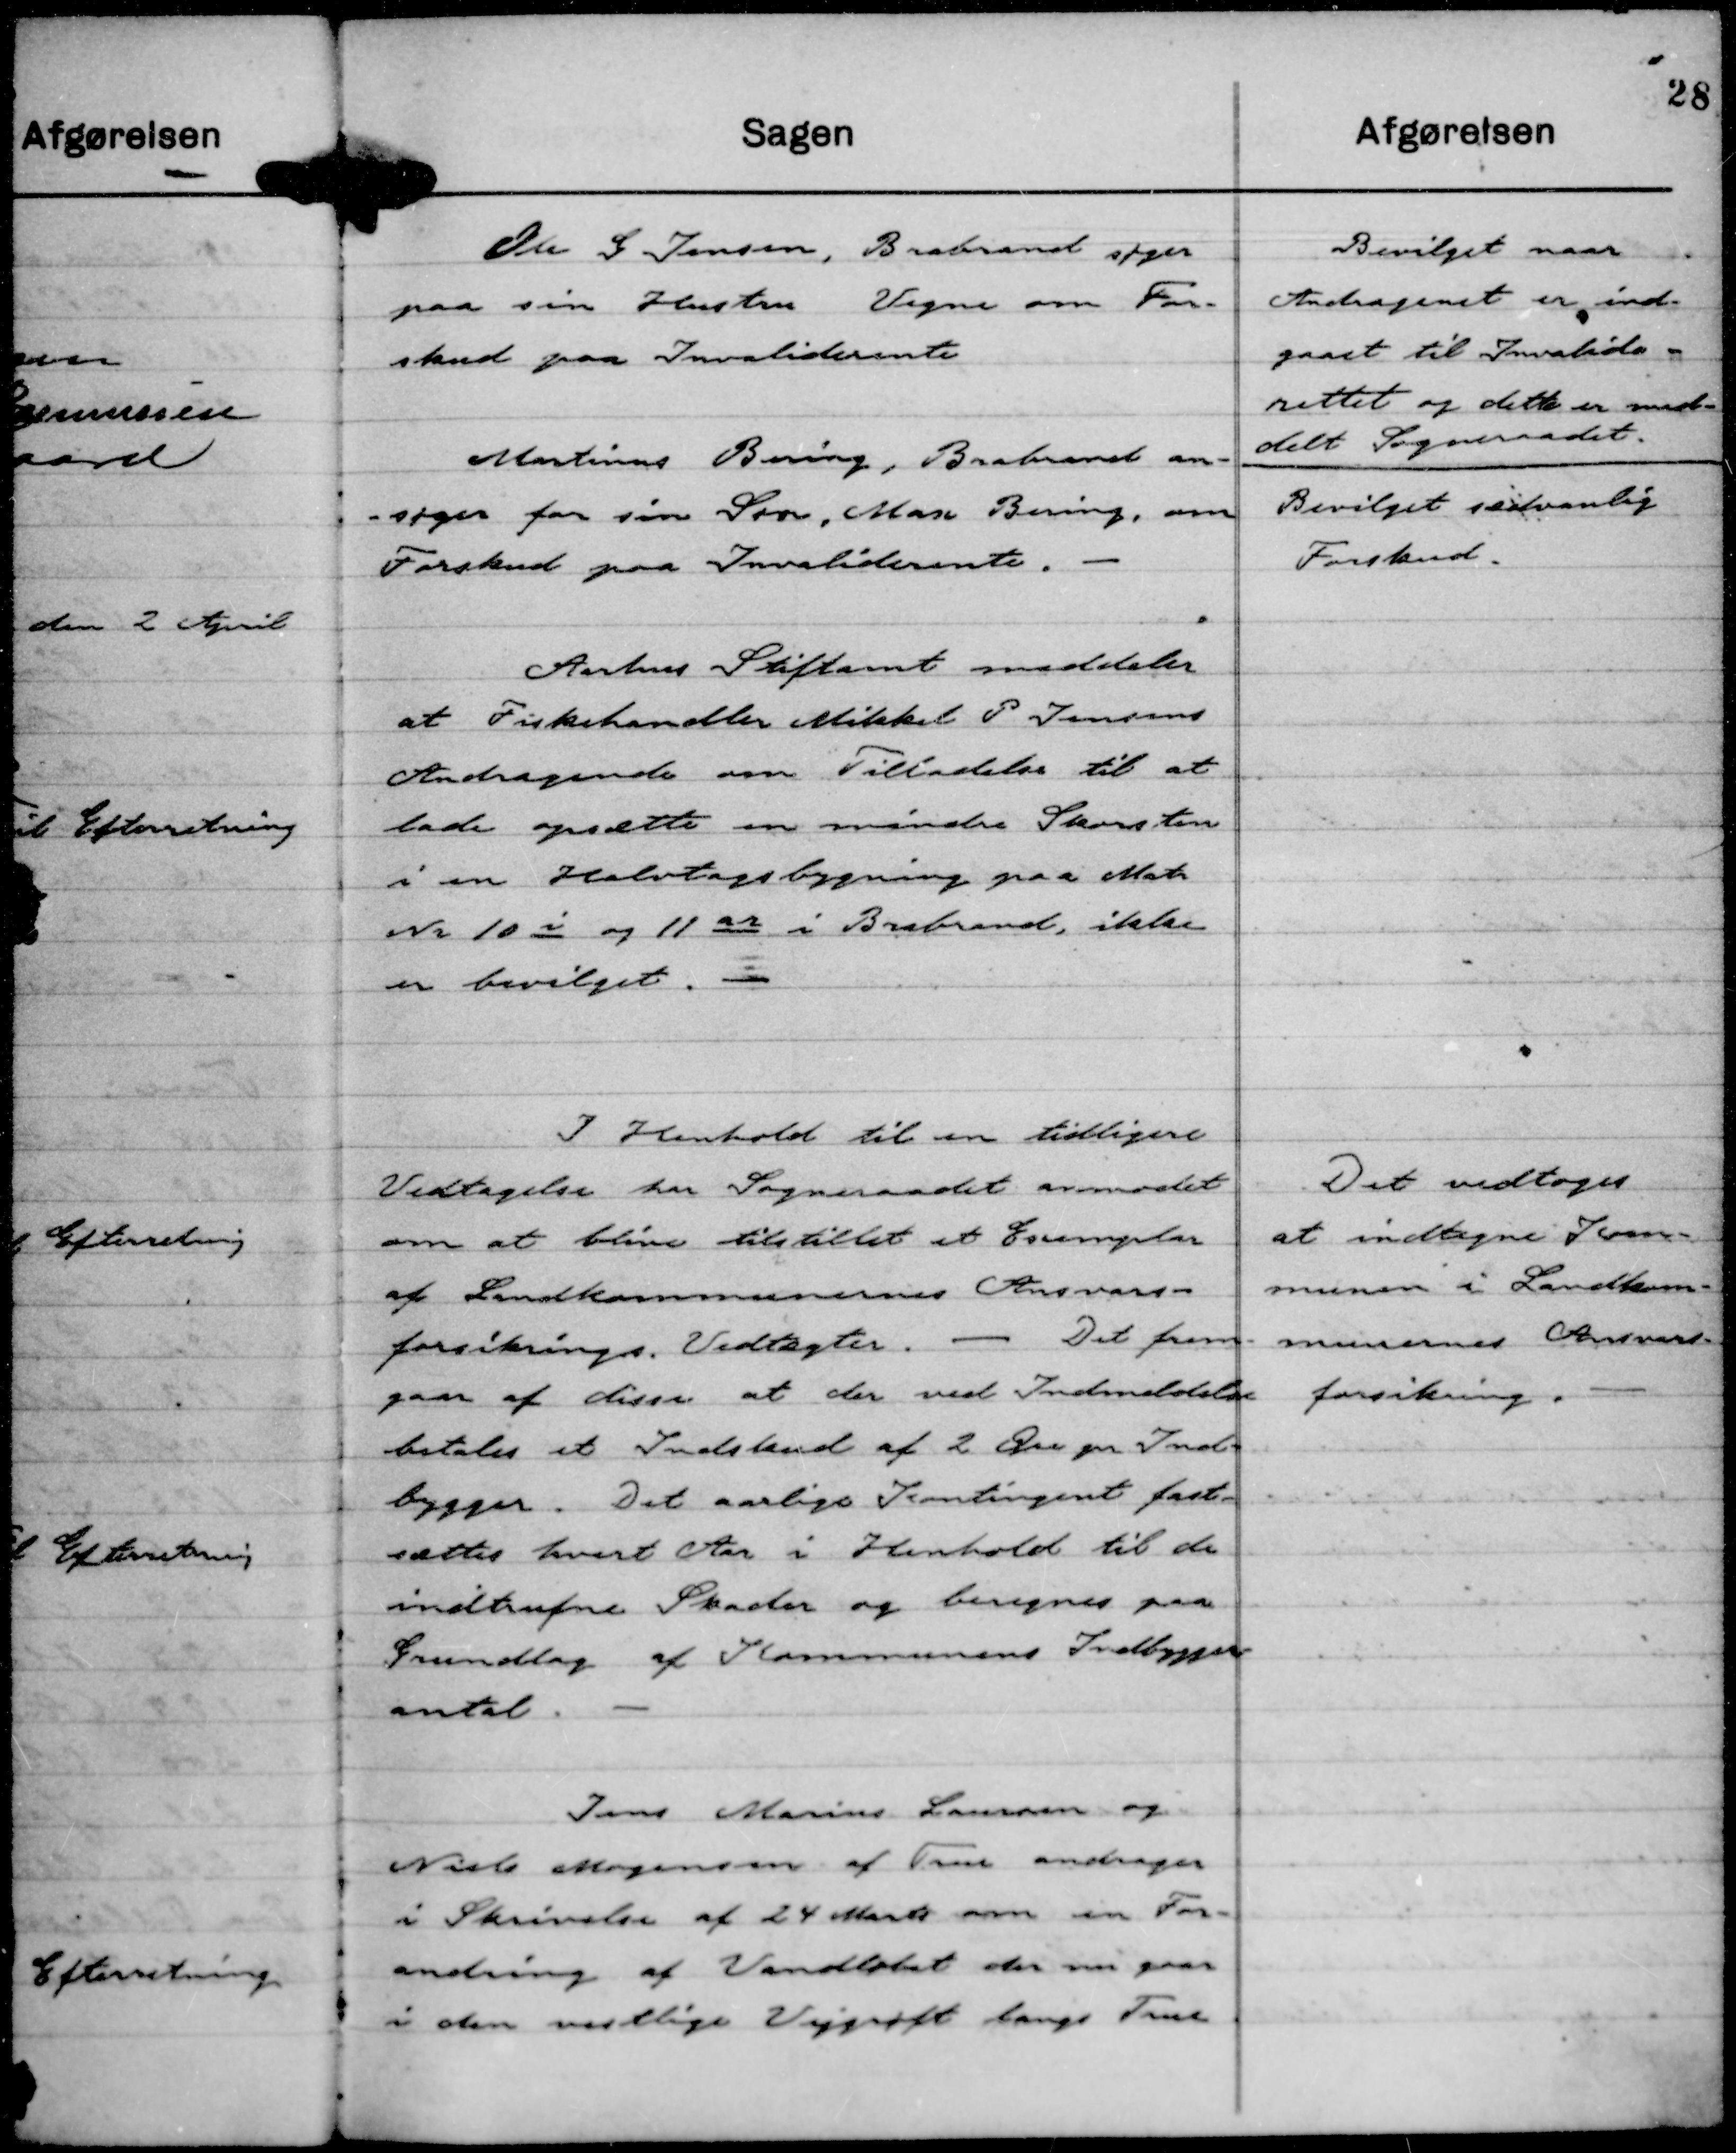
Transskription:
Ole G Jensen, Brabrand søger
paa sin Hustrus Vegne om For-
skud paa Invaliderente

Bevilget naar
Andragenet er ind-
gaaet til Invalide-
rettet og dette er med-
delt Sogneraadet.
-

Martinus Bering, Brabrand an-
- søger for sin Søn, Masc Bering, om
Forskud paa Invaliderente.

Bevilget sædvanlig
Forskud.

Aarhus Stiftamt meddeler
at Fiskehandler Mikkel P Jensens
Andragende om Tillladelse til at
lade opsætte en mindre Skorsten
i en Halvtagsbygning paa Matr
Nr 10 i og 11 ar i Brabrand, ikke
er bevilget.

I Henhold til en tidligere
Vedtagelse har Sogneraadet anmodet
om at blive tilstillet et Exemplar
af Landkommunernes Ansvars-
forsikrings. Vedtægter.
Det frem-
gaar af disse at der ved Indmeldelse
betales et indskud af 2 Øre pr Ind-
bygger. Det aarlige Kontingent fast-
sættes hvert Aar i Henhold til de
indtrufne Skader og beregnes paa
Grundlag af Kommunens Indbygger-
antal.

Det vedtoges
at indtegne Kom-
munen i Landkom-
munernes Ansvars-
forsikring.

Jens Marius Laursen og
Niels Mogensen af True andrager
i Skrivelse af 24 Marts om en For-
andring af Vandløbet der nu gaar
i den vestlige Vejgrøft langs True